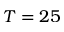
T = 2 5